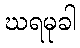
ဃရမုခါ